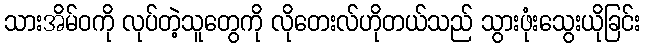
သားအိမ်ဝကို လုပ်တဲ့သူတွေကို လိုတေးလ်ဟိုတယ်သည် သွားဖုံးသွေးယိုခြင်း